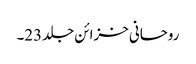
روحانی خزائن جلد23۔